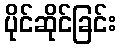
ပိုင်ဆိုင်ခြင်း